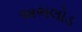
અભલોડ